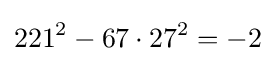
221^{2}-67\cdot 27^{2}=-2